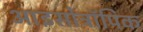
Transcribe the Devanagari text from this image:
आइसोट्रॉपिक